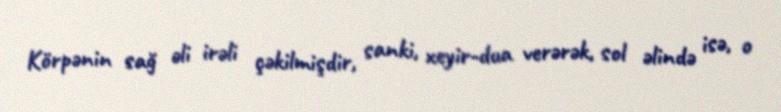
Körpənin sağ əli irəli çəkilmişdir, sanki, xeyir-dua verərək, sol əlində isə, o